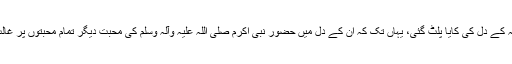
‘‘ اس فرمان کے بعد حضرت عمر فاروق اعظم رضی اللہ عنہ کے دل کی کایا پلٹ گئی، یہاں تک کہ ان کے دل میں حضور نبی اکرم صلی اللہ علیہ وآلہ وسلم کی محبت دیگر تمام محبتوں پر غالب آ گئی اور وہ بے ساختہ پکار اٹھے : رب ذوالجلال کی قسم!